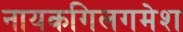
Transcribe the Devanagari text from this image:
नायकगिलगमेश